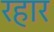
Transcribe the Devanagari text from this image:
रहार